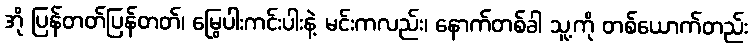
အို ပြန်တတ်ပြန်တတ်၊ မြွေပါးကင်းပါးနဲ့ မင်းကလည်း၊ နောက်တစ်ခါ သူ့ကို တစ်ယောက်တည်း